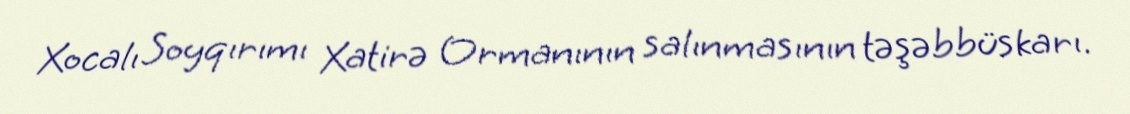
Xocalı Soyqırımı Xatirə Ormanının salınmasının təşəbbüskarı.